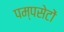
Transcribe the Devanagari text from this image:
पम्पसेटों